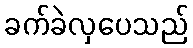
ခက်ခဲလှပေသည်